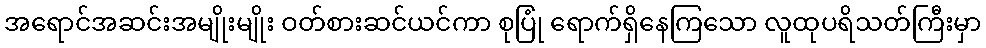
အရောင်အဆင်းအမျိုးမျိုး ဝတ်စားဆင်ယင်ကာ စုပြုံ ရောက်ရှိနေကြသော လူထုပရိသတ်ကြီးမှာ